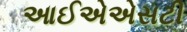
આઈએએસટી